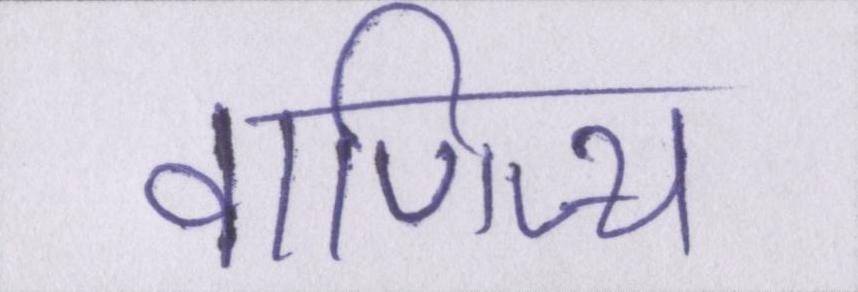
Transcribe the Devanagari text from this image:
वाणिज्य